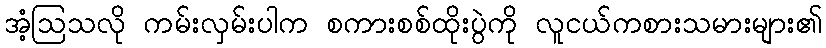
အံ့ဩသလို ကမ်းလှမ်းပါက စကားစစ်ထိုးပွဲကို လူငယ်ကစားသမားများ၏